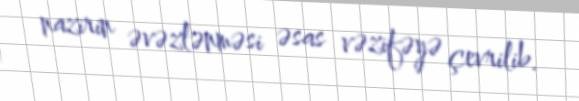
nazirin əvəzlənməsi əsas vəzifəyə çevrilib.